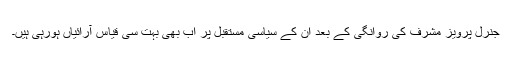
جنرل پرویز مشرف کی روانگی کے بعد ان کے سیاسی مستقبل پر اب بھی بہت سی قیاس آرائیاں ہورہی ہیں۔